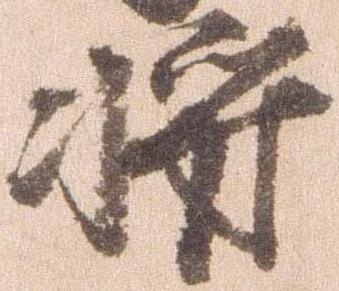
将